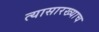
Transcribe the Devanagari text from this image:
त्यासारख्याच